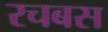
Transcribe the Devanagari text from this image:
रचबस